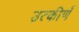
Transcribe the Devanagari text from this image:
उत्कीर्णं